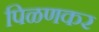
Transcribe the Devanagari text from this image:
पिळणकर